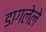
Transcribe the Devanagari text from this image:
डागलेले